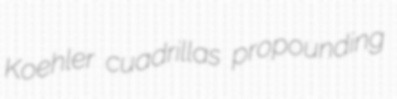
Koehler cuadrillas propounding